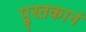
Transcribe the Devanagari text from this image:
पुस्तकानं